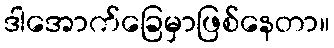
ဒါအောက်ခြေမှာဖြစ်နေတာ။